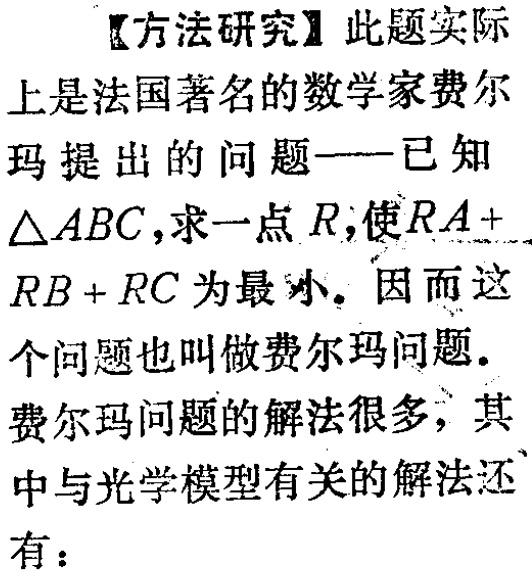
【方法研究】此题实际上是法国著名的数学家费尔玛提出的问题——已知$\triangle ABC$，求一点$R$，使$RA + RB + RC$为最小。因而这个问题也叫做费尔玛问题。

费尔玛问题的解法很多，其中与光学模型有关的解法还有：